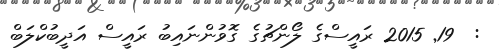
:  19